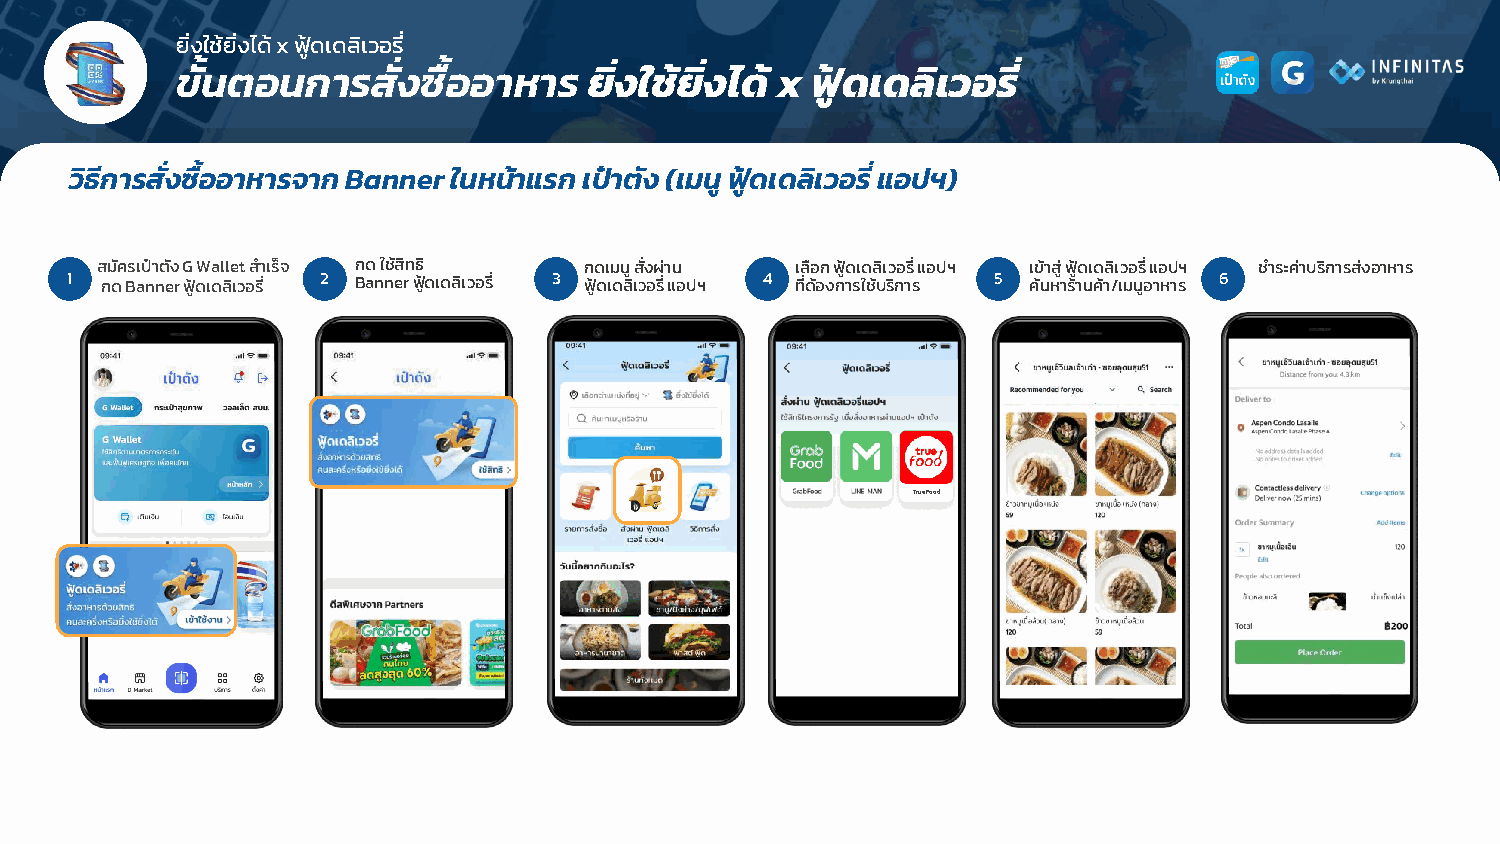
ยิ่งใช้ยิ่งได้ x ฟูด้ เดลิเวอรี่
 ขัน้ ตอนการสัง่ ซือ้ อาหาร ย่ิงใช้ย่ิงได้ x ฟู้ดเดลิเวอรี่
 วิธีการสั่งซื้ออาหารจาก Banner ในหน้าแรก เป๋าตัง (เมนู ฟู้ดเดลิเวอรี่ แอปฯ)
 สมัครเป๋าตัง G Wallet ส าเร็จ กด ใช้สิทธิ กดเมนู สั่งผ่าน เลือก ฟูด้ เดลิเวอรี่ แอปฯ เข้าสู่ ฟูด้ เดลิเวอรี่ แอปฯ ช าระค่าบริการส่งอาหาร
 1  กด Banner ฟูด้ เดลิเวอรี่ 2 Banner ฟูด้ เดลิเวอรี่ 3 ฟูด้ เดลิเวอรี่ แอปฯ 4 ที่ด้องการใช้บริการ 5 ค้นหาร้านค้า/เมนูอาหาร 6
 TrueFood